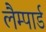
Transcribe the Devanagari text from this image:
लैम्पार्ड